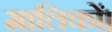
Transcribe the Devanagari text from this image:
मालिकों।